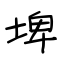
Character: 埤